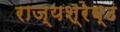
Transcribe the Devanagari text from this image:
राज्यश्रेष्ठ